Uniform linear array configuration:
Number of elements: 4
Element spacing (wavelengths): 0.25
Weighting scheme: hann
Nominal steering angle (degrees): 0
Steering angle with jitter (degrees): -0.2413
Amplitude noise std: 0.05
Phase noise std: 0.05

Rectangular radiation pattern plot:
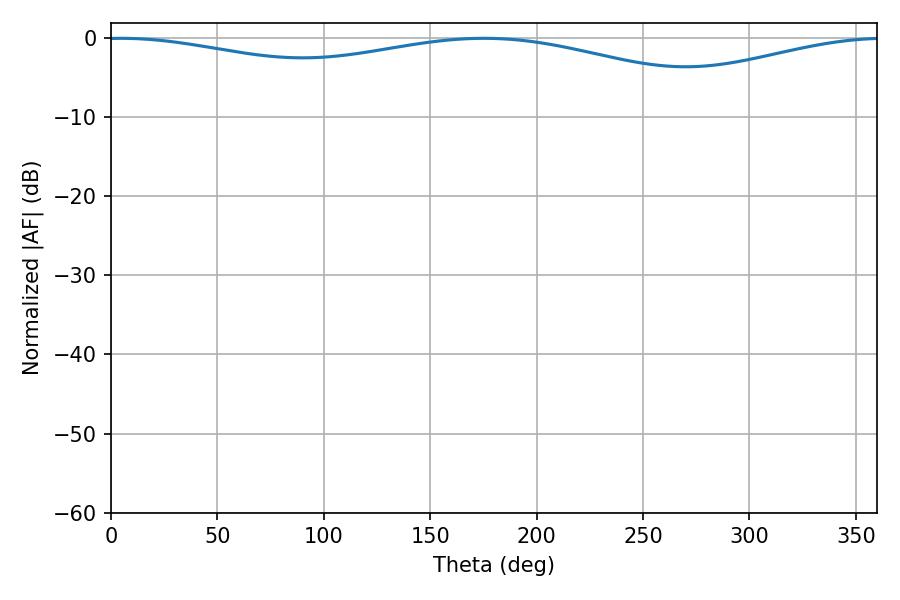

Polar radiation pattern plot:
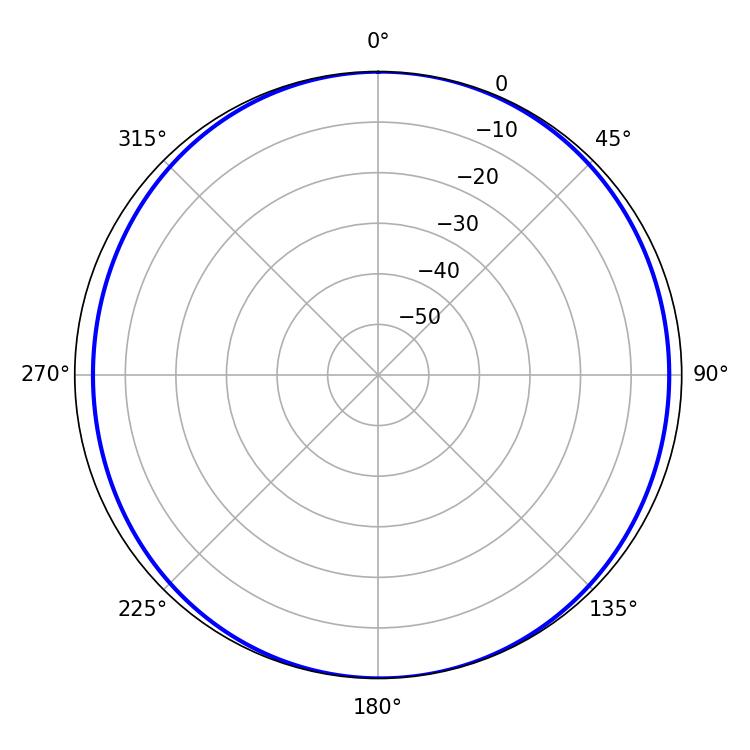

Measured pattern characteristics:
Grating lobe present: FALSE
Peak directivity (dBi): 9.371
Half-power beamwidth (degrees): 246.6
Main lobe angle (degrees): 4.68